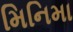
મિનિમા